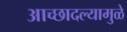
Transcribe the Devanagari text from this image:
आच्छादल्यामुळे